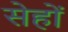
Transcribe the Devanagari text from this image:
सेहों